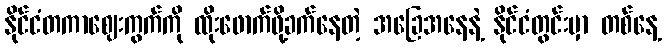
နိုင်ငံတကာဈေးကွက်ကို ထိုးဖောက်ဖို့ခက်နေတဲ့ အခြေအနေနဲ့ နိုင်ငံတွင်းမှာ တစ်နေ့